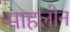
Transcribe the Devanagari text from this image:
माहलोन